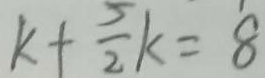
k + \frac { 5 } { 2 } k = 8